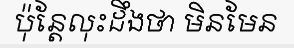
ប៉ុន្តែលុះដឹងថា មិនមែន